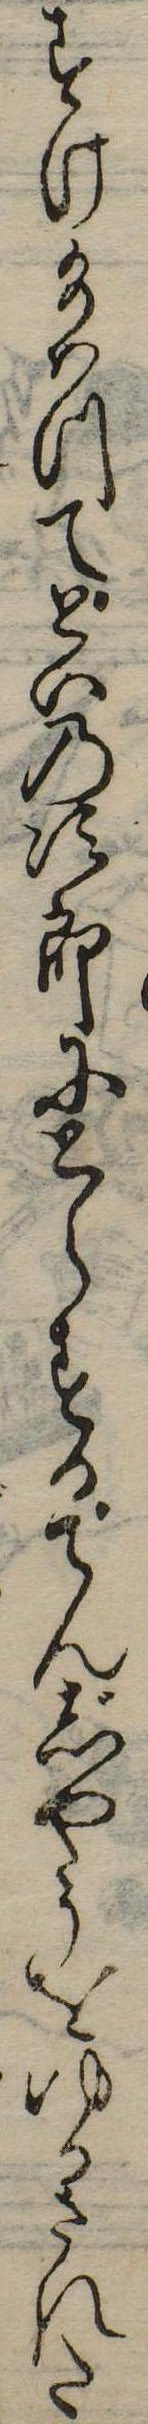
すけ給はつてどいの次郎にとらするてんじやうをゆるされた